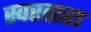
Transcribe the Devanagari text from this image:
स्वरतारा